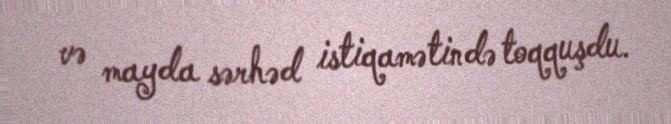
və mayda sərhəd istiqamətində toqquşdu.